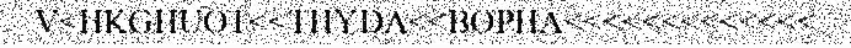
V<HKGHUOT<<THYDA<<BOPHA<<<<<<<<<<<<<